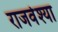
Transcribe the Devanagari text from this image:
राजवेश्या